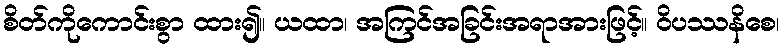
စိတ်ကိုကောင်းစွာ ထား၍။ ယထာ၊ အကြင်အခြင်းအရာအားဖြင့်။ ဝိပဿနိစေ၊